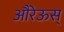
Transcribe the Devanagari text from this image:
औरेऊस्